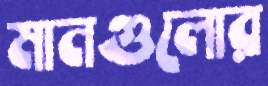
মানগুলোর